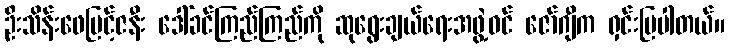
ဦးသိန်းဖေမြင့်ဇနီး ဒေါ်ခင်ကြည်ကြည်ကို ဆုရွေးချယ်ရေးအဖွဲ့ဝင် ဇော်ဂျီက ရှင်းပြပါတယ်။